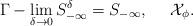
LaTeX: \begin{align*}\Gamma-\lim_{\delta \to 0}S^\delta_{-\infty}=S_{-\infty},\ \ \ \ \mathcal{X}_\phi.\end{align*}